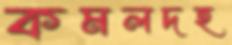
কমলদহ